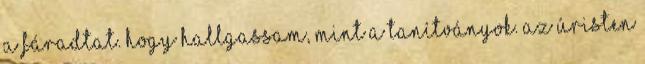
a fáradtat. hogy hallgassam, mint a tanítványok. Az Úristen